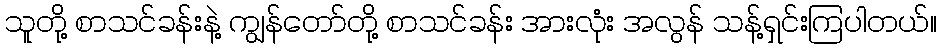
သူတို့ စာသင်ခန်းနဲ့ ကျွန်တော်တို့ စာသင်ခန်း အားလုံး အလွန် သန့်ရှင်းကြပါတယ်။